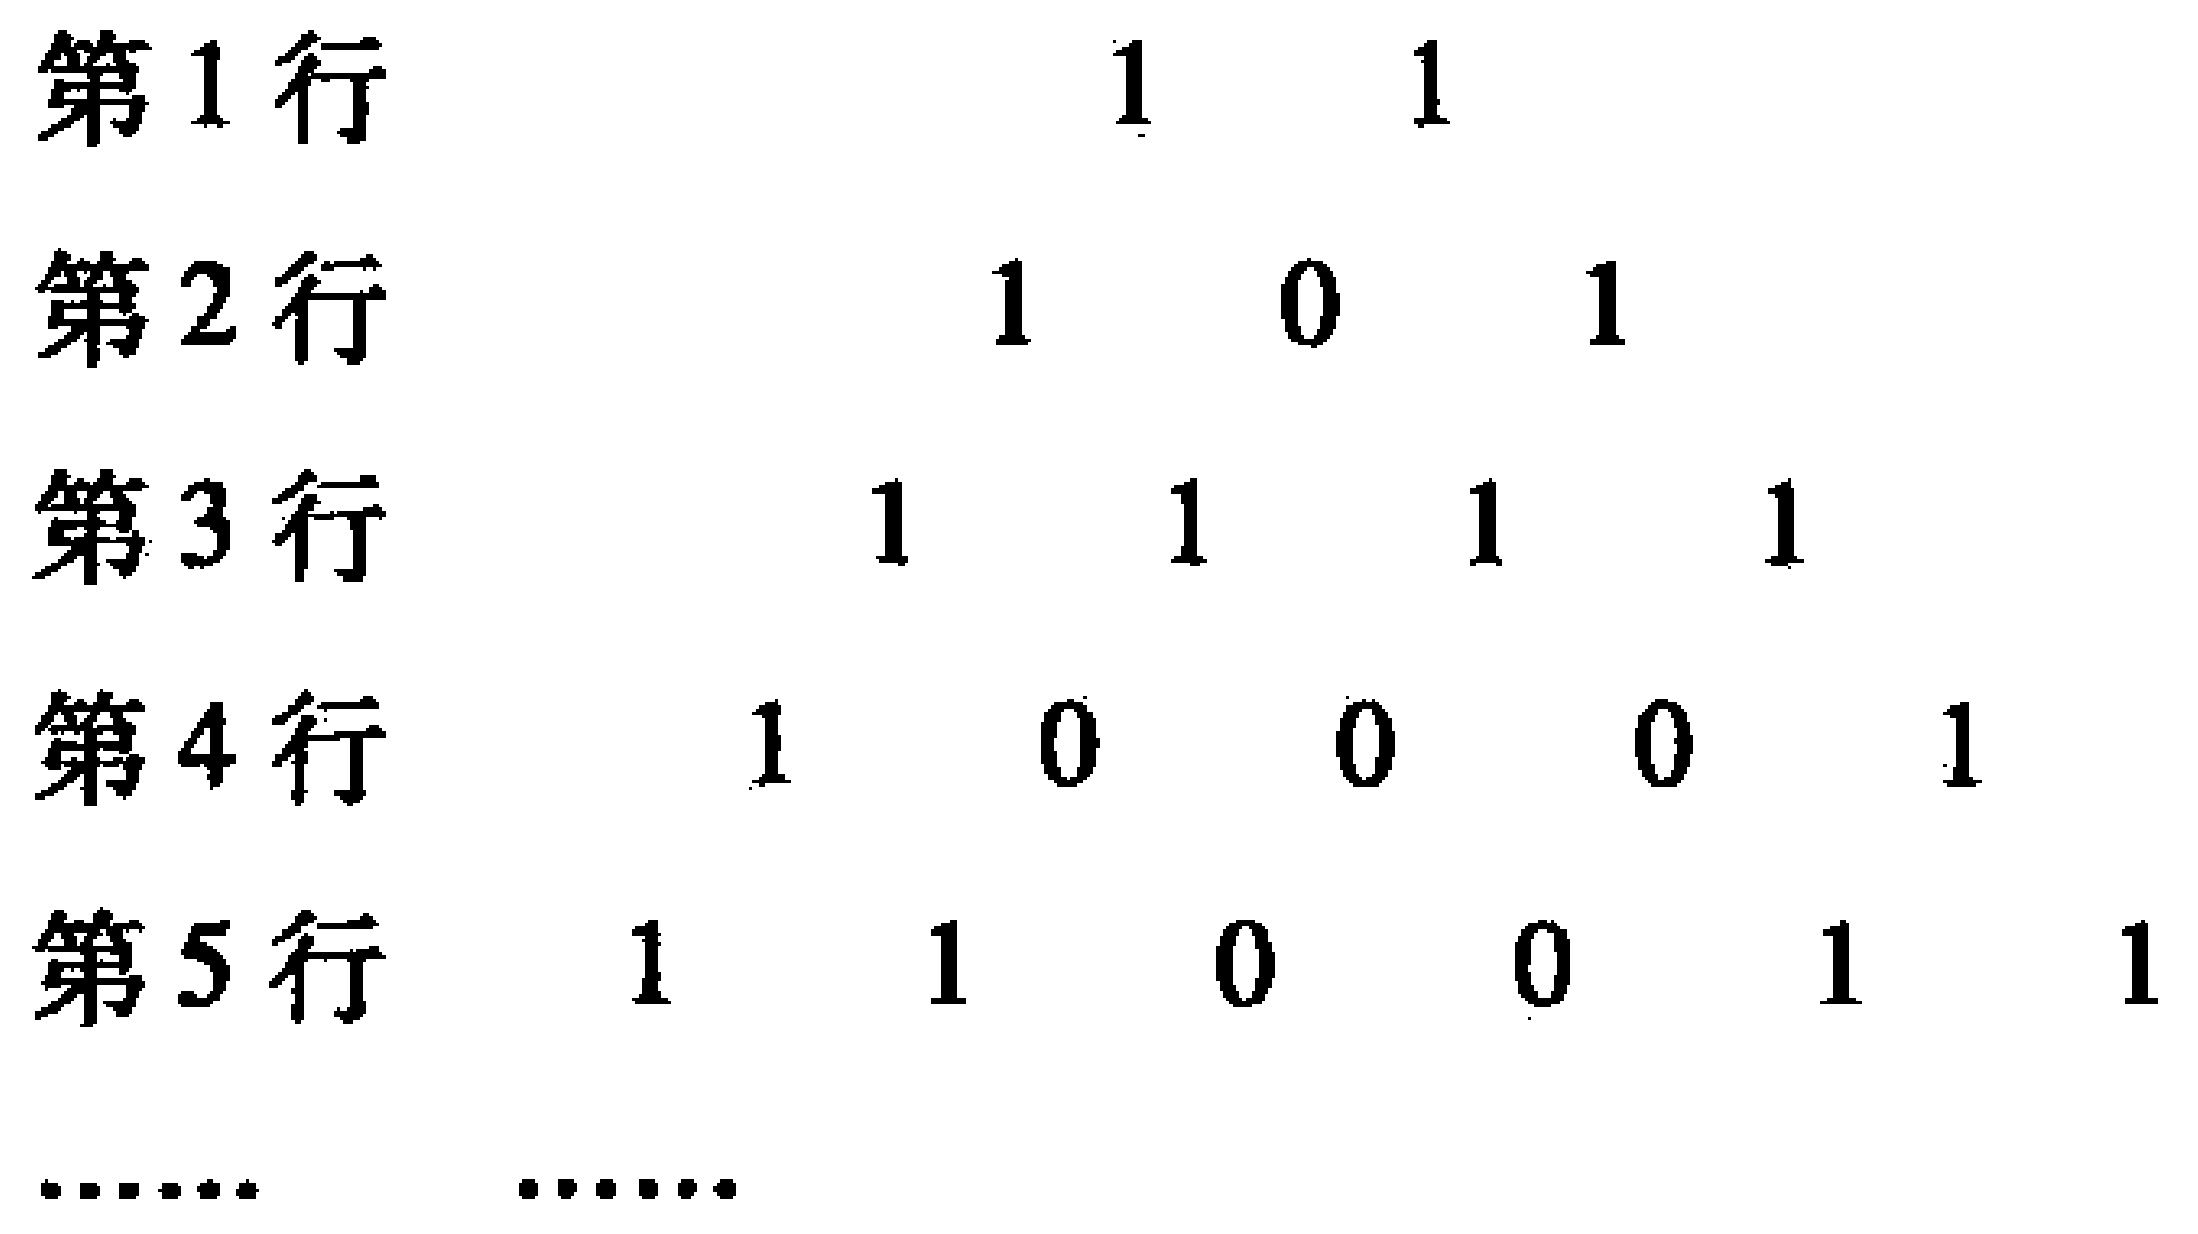
\begin{align*}
\text{第1行}&\quad 1\quad 1\\
\text{第2行}&\quad 1\quad 0\quad 1\\
\text{第3行}&\quad 1\quad 1\quad 1\quad 1\\
\text{第4行}&\quad 1\quad 0\quad 0\quad 0\quad 1\\
\text{第5行}&\quad 1\quad 1\quad 0\quad 0\quad 1\quad 1\\
&\cdots\cdots\quad\cdots\cdots
\end{align*}